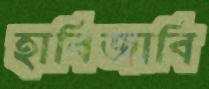
হাবিজাবি